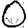
Digit: 0